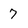
Character: 7